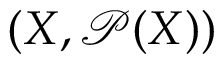
( X , { \mathcal { P } } ( X ) )